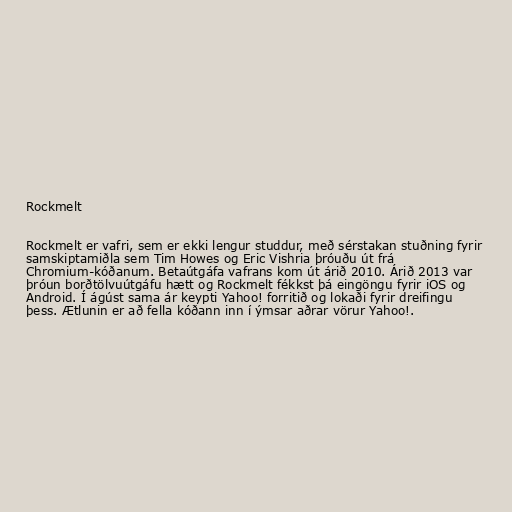
Rockmelt

Rockmelt er vafri, sem er ekki lengur studdur, með sérstakan stuðning fyrir
samskiptamiðla sem Tim Howes og Eric Vishria þróuðu út frá
Chromium-kóðanum. Betaútgáfa vafrans kom út árið 2010. Árið 2013 var
þróun borðtölvuútgáfu hætt og Rockmelt fékkst þá eingöngu fyrir iOS og
Android. Í ágúst sama ár keypti Yahoo! forritið og lokaði fyrir dreifingu
þess. Ætlunin er að fella kóðann inn í ýmsar aðrar vörur Yahoo!.